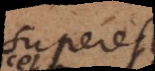
superest